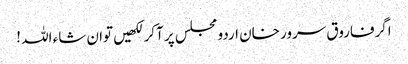
اگرفاروق سرور خان اردو مجلس پر آکر لکھیں توان شاء اللہ !